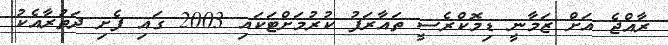
ރާއްޖެ އަށް ޒަމާނީ ޑިމޮކްރެސީ ތައާރަފު ކުރުމަށްޓަކައި 2003 ގައި ފެށި ދަތުރާއެކު